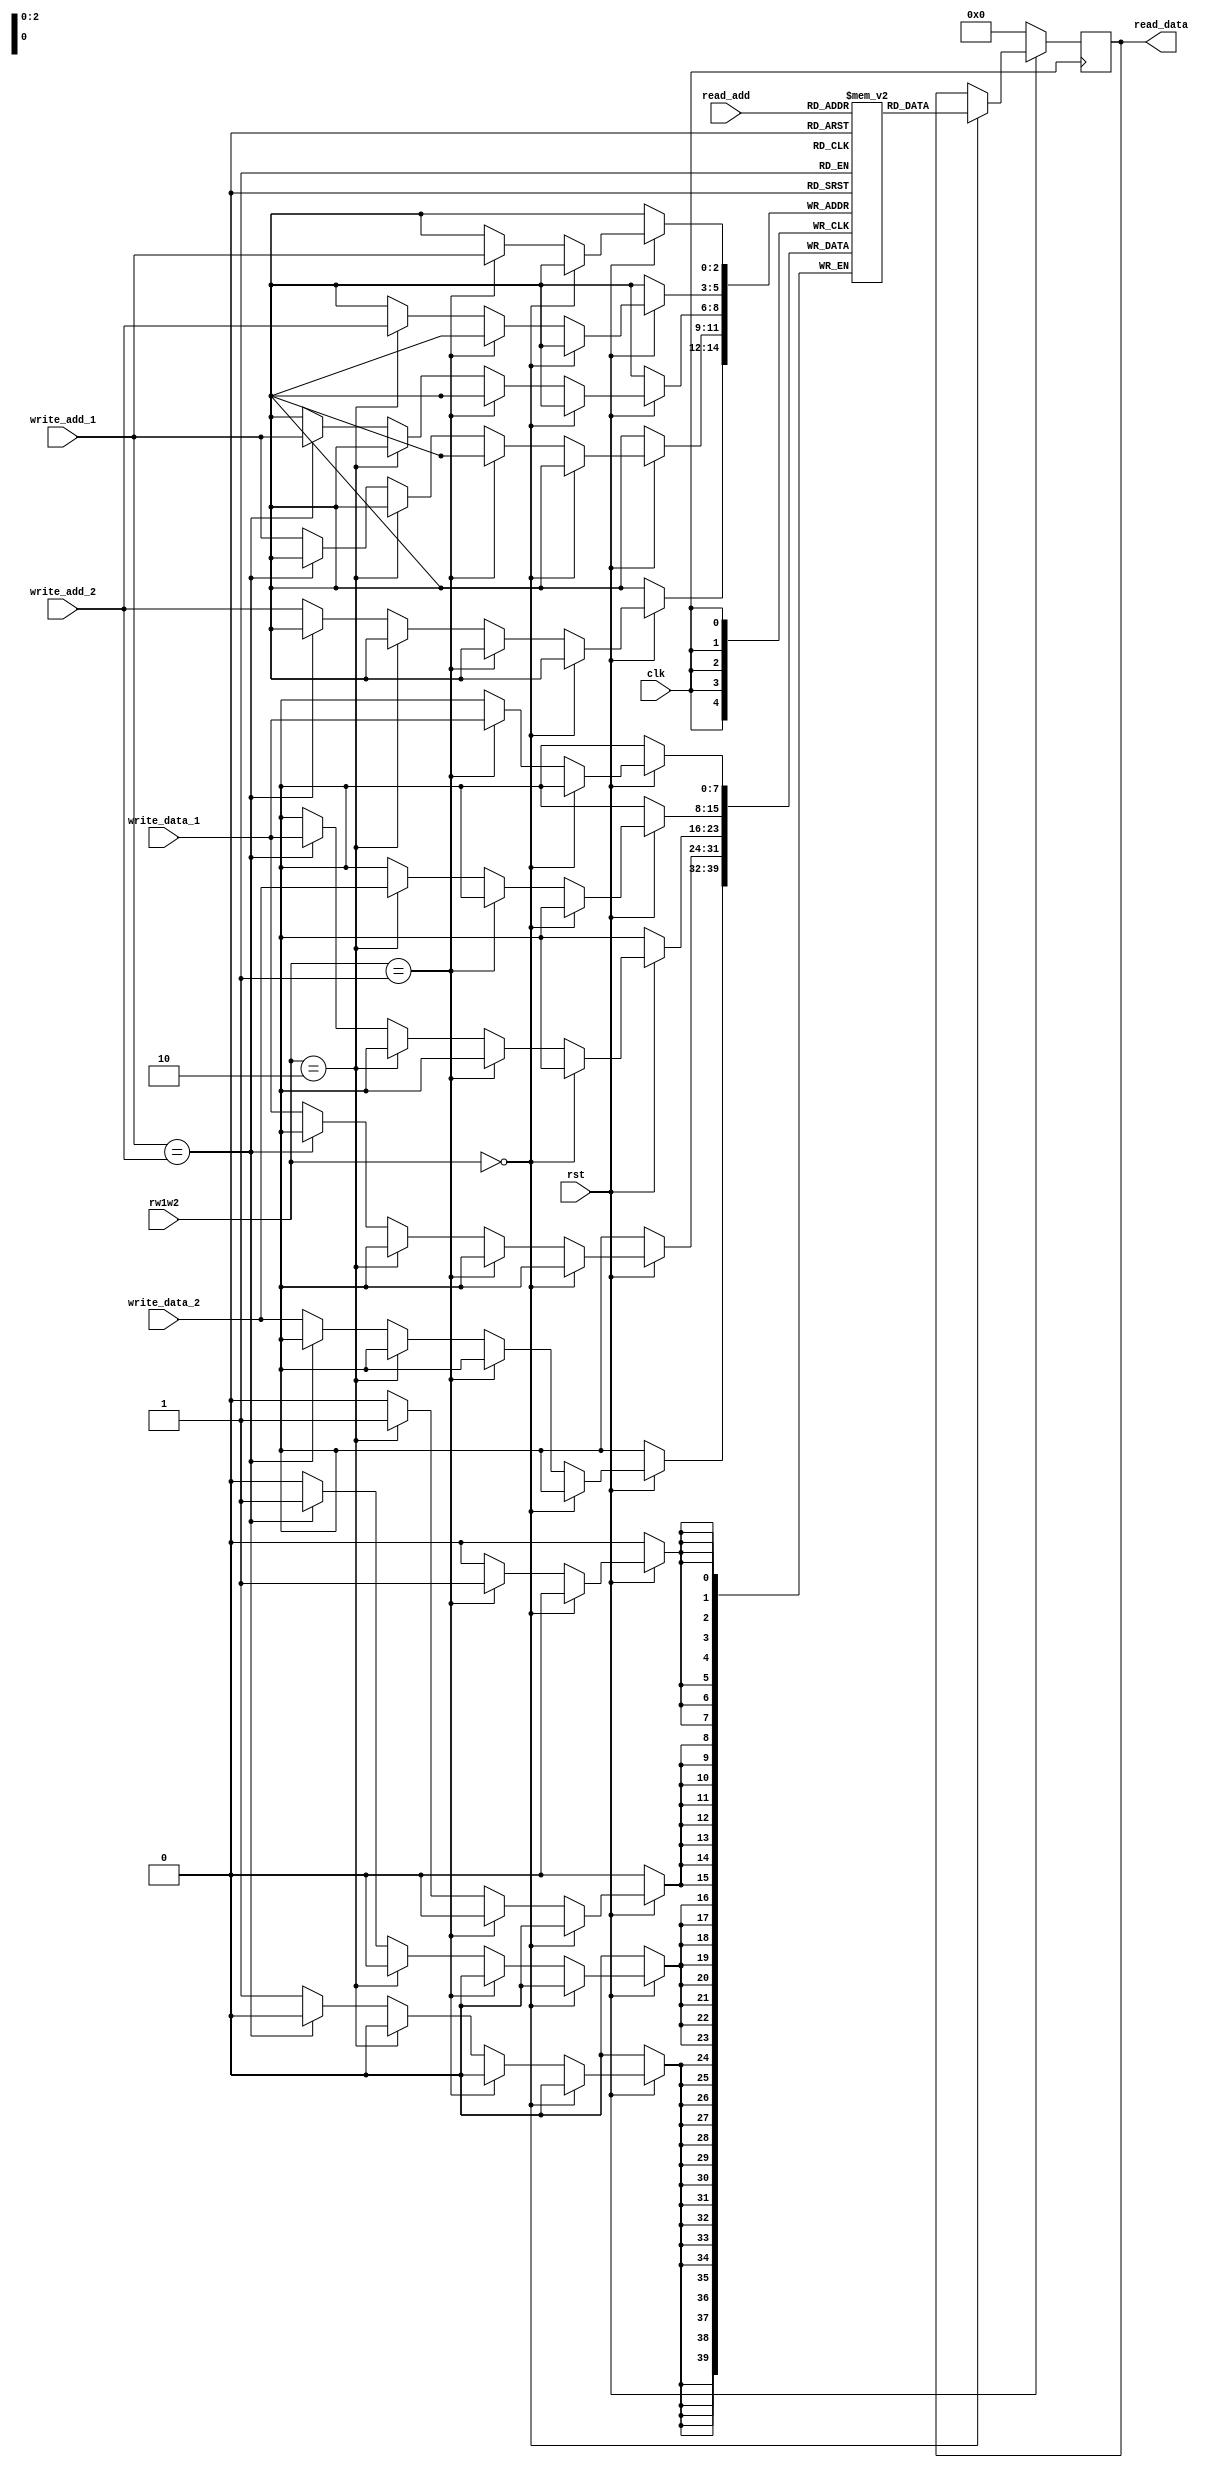
module reg_file(input clk, rst, input [1:0] rw1w2, input [2:0] write_add_1, input [2:0]
write_add_2, input [2:0] read_add, input [7:0] write_data_1, input [7:0] write_data_2, output
reg [7:0] read_data);
 parameter WIDTH=8;
 reg [WIDTH-1:0] block[WIDTH-1:0];
 always@(posedge clk) begin
 // rw1w2- 0: read case
 // rw1w2- 1: write1 case
 // rw1w2- 2: write2 case
 // rw1w2- 3: write1 & write2 case
 if(rst==0) begin
 read_data <= 0;
 end
 else if(rw1w2 == 0) begin // read
 read_data <= block[read_add];
 end
 else if(rw1w2 == 1) begin // write1
 block[write_add_1] <= write_data_1;
 end
 else if(rw1w2 == 2) begin // write2
 block[write_add_2] <= write_data_2;

 end
 else begin
 if (write_add_1 == write_add_2) block[write_add_1] <= write_data_1;
 else begin
 block[write_add_1] <= write_data_1;
 block[write_add_2] <= write_data_2;
 end
 end
 end
 endmodule